38_143685_box_Incident_Summaries_101-172
Agency: Department of War
Page 96
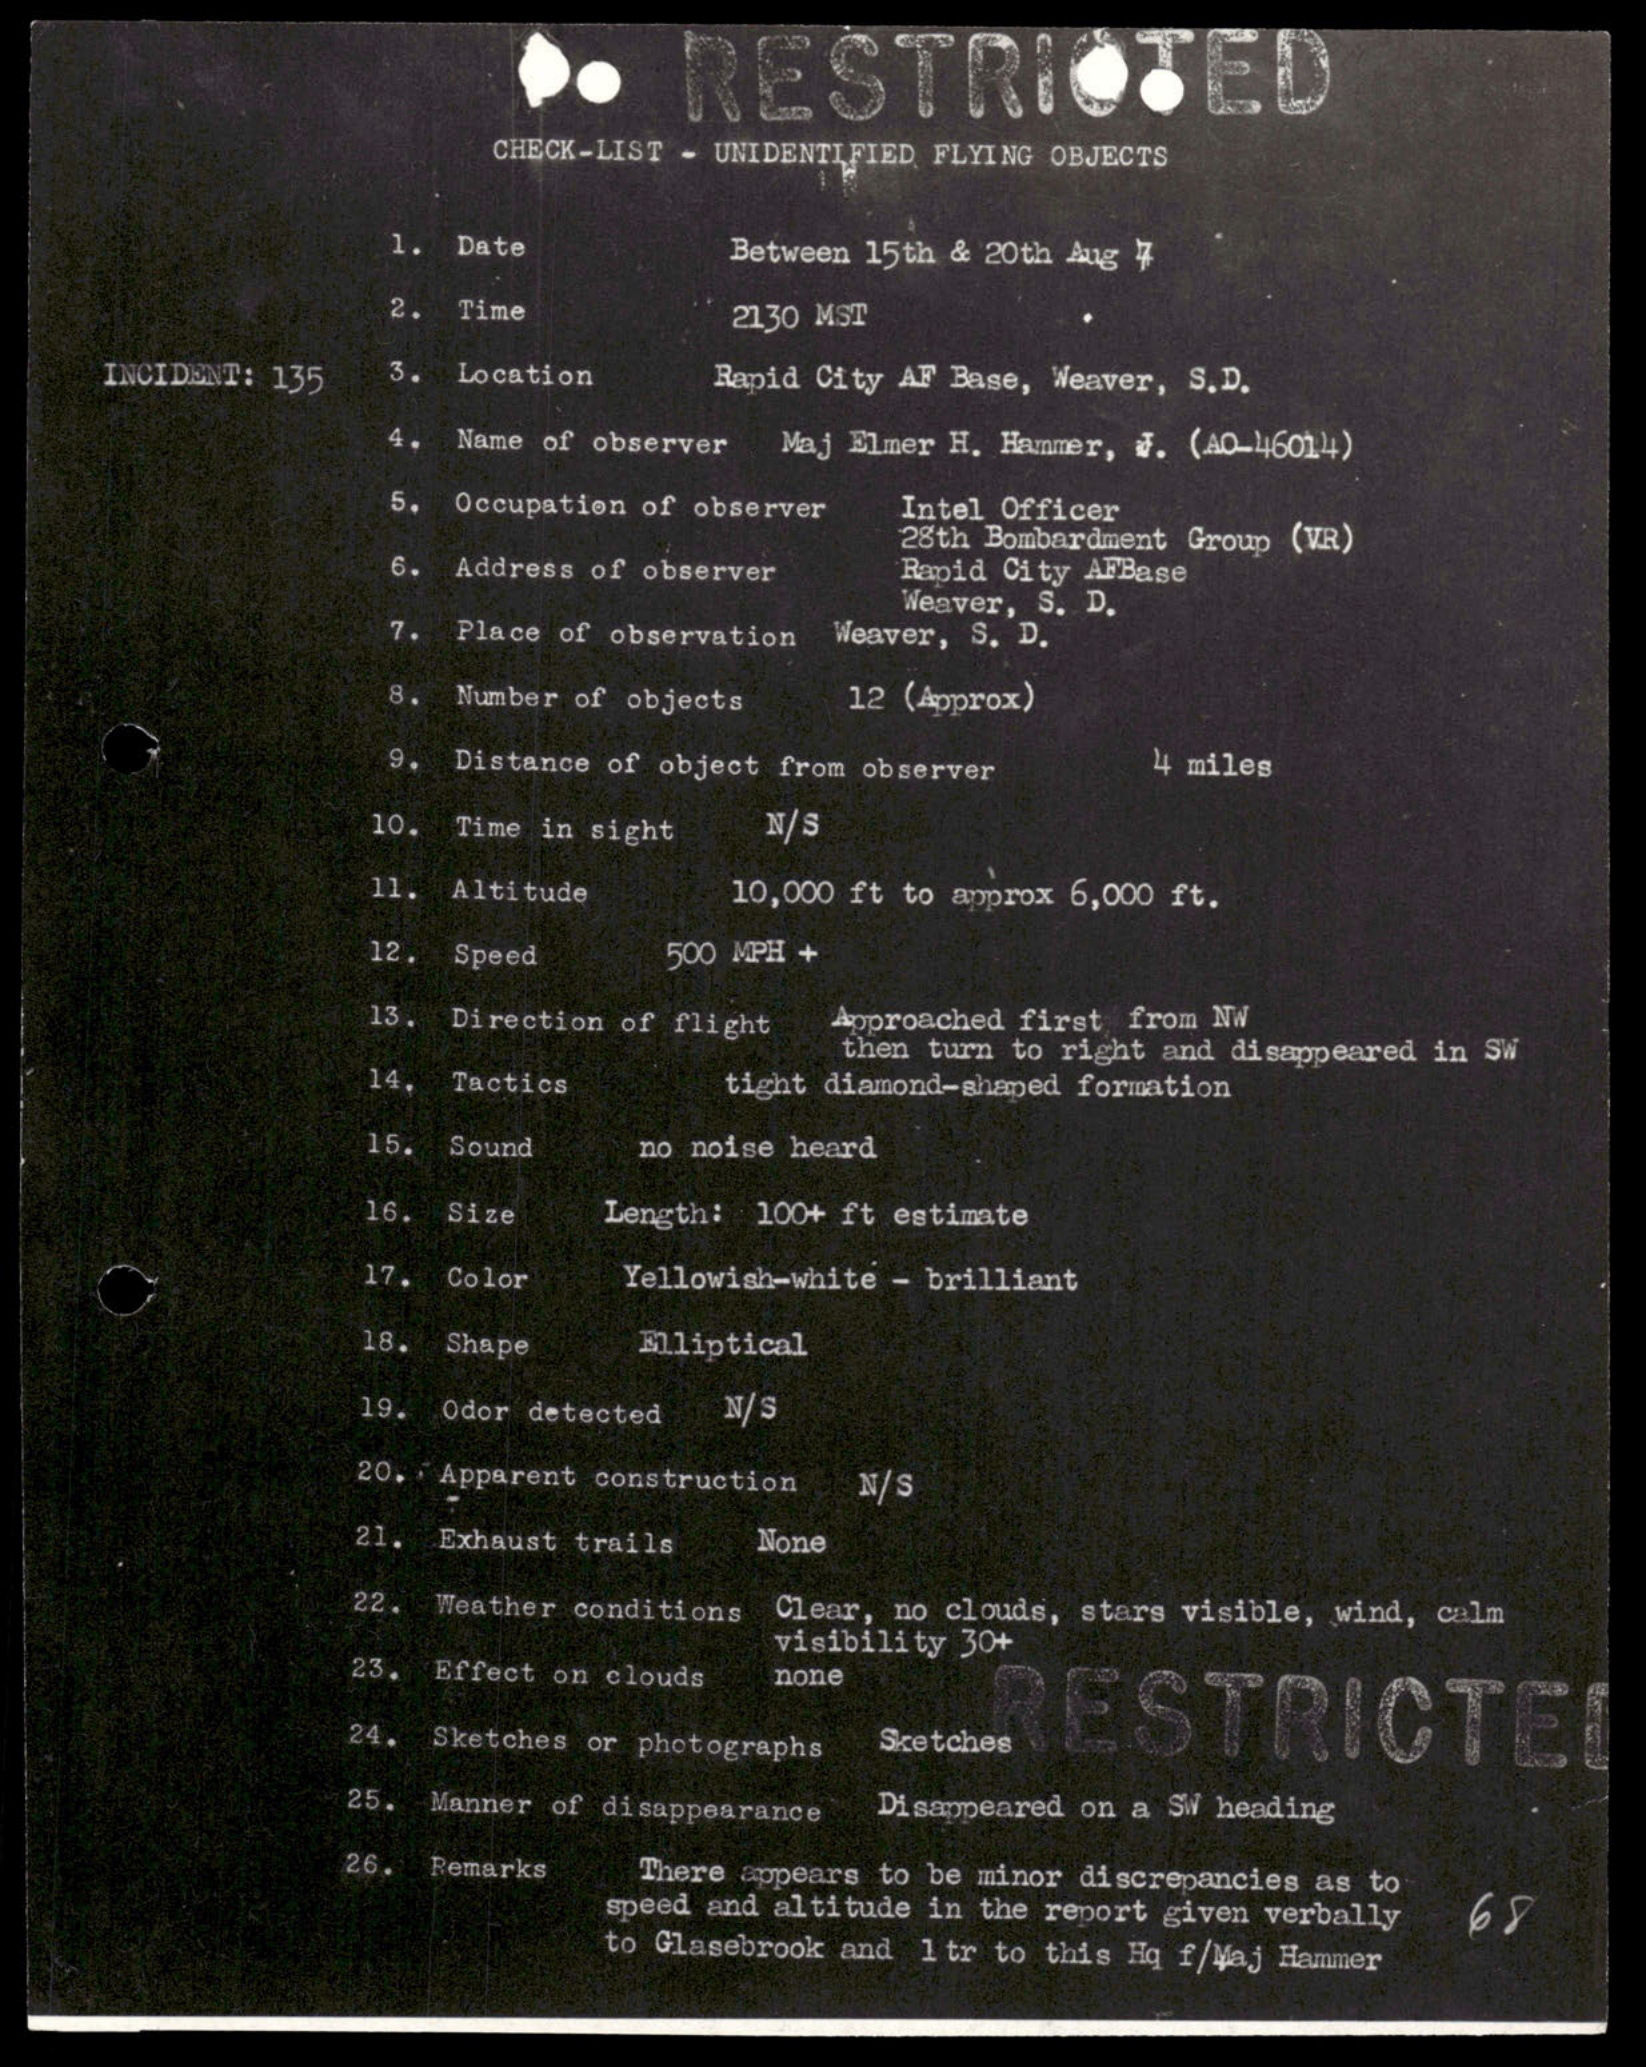